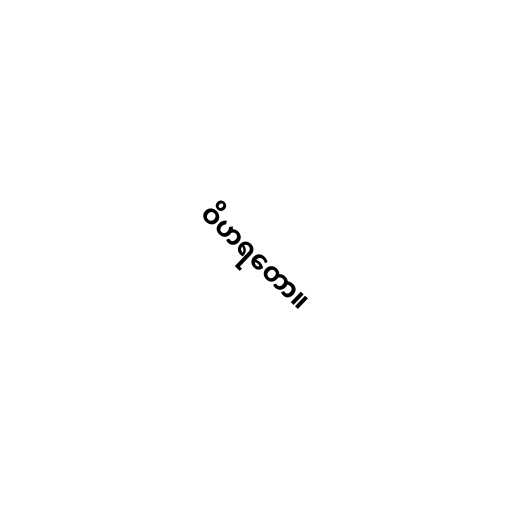
ဝိဟရတော။